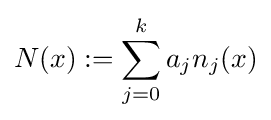
N(x):=\sum _{j=0}^{k}a_{j}n_{j}(x)